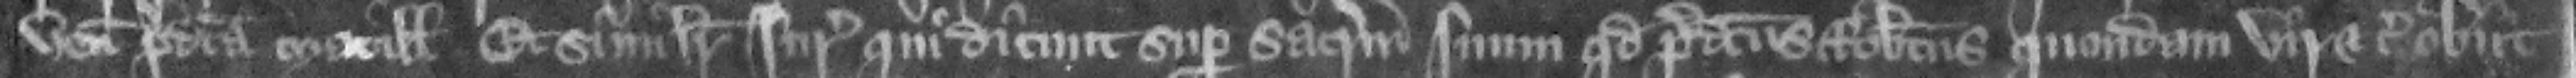
venit predicta Matillis. et similiter iuratores. qui dicunt super sacramentum suum quod predictus Robertus quondam vir etc. obit